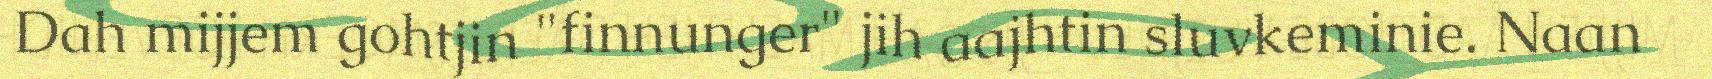
Dah mijjem gohtjin "finnunger" jih aajhtin sluvkeminie. Naan